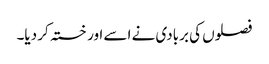
فصلوں کی بربادی نے اسے اور خستہ کر دیا۔